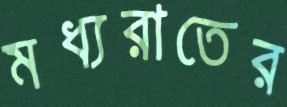
মধ্যরাতের